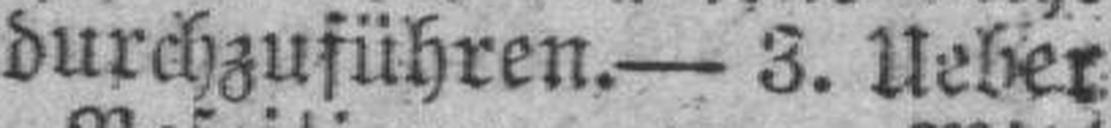
durchzuführen.— 3. Ueber